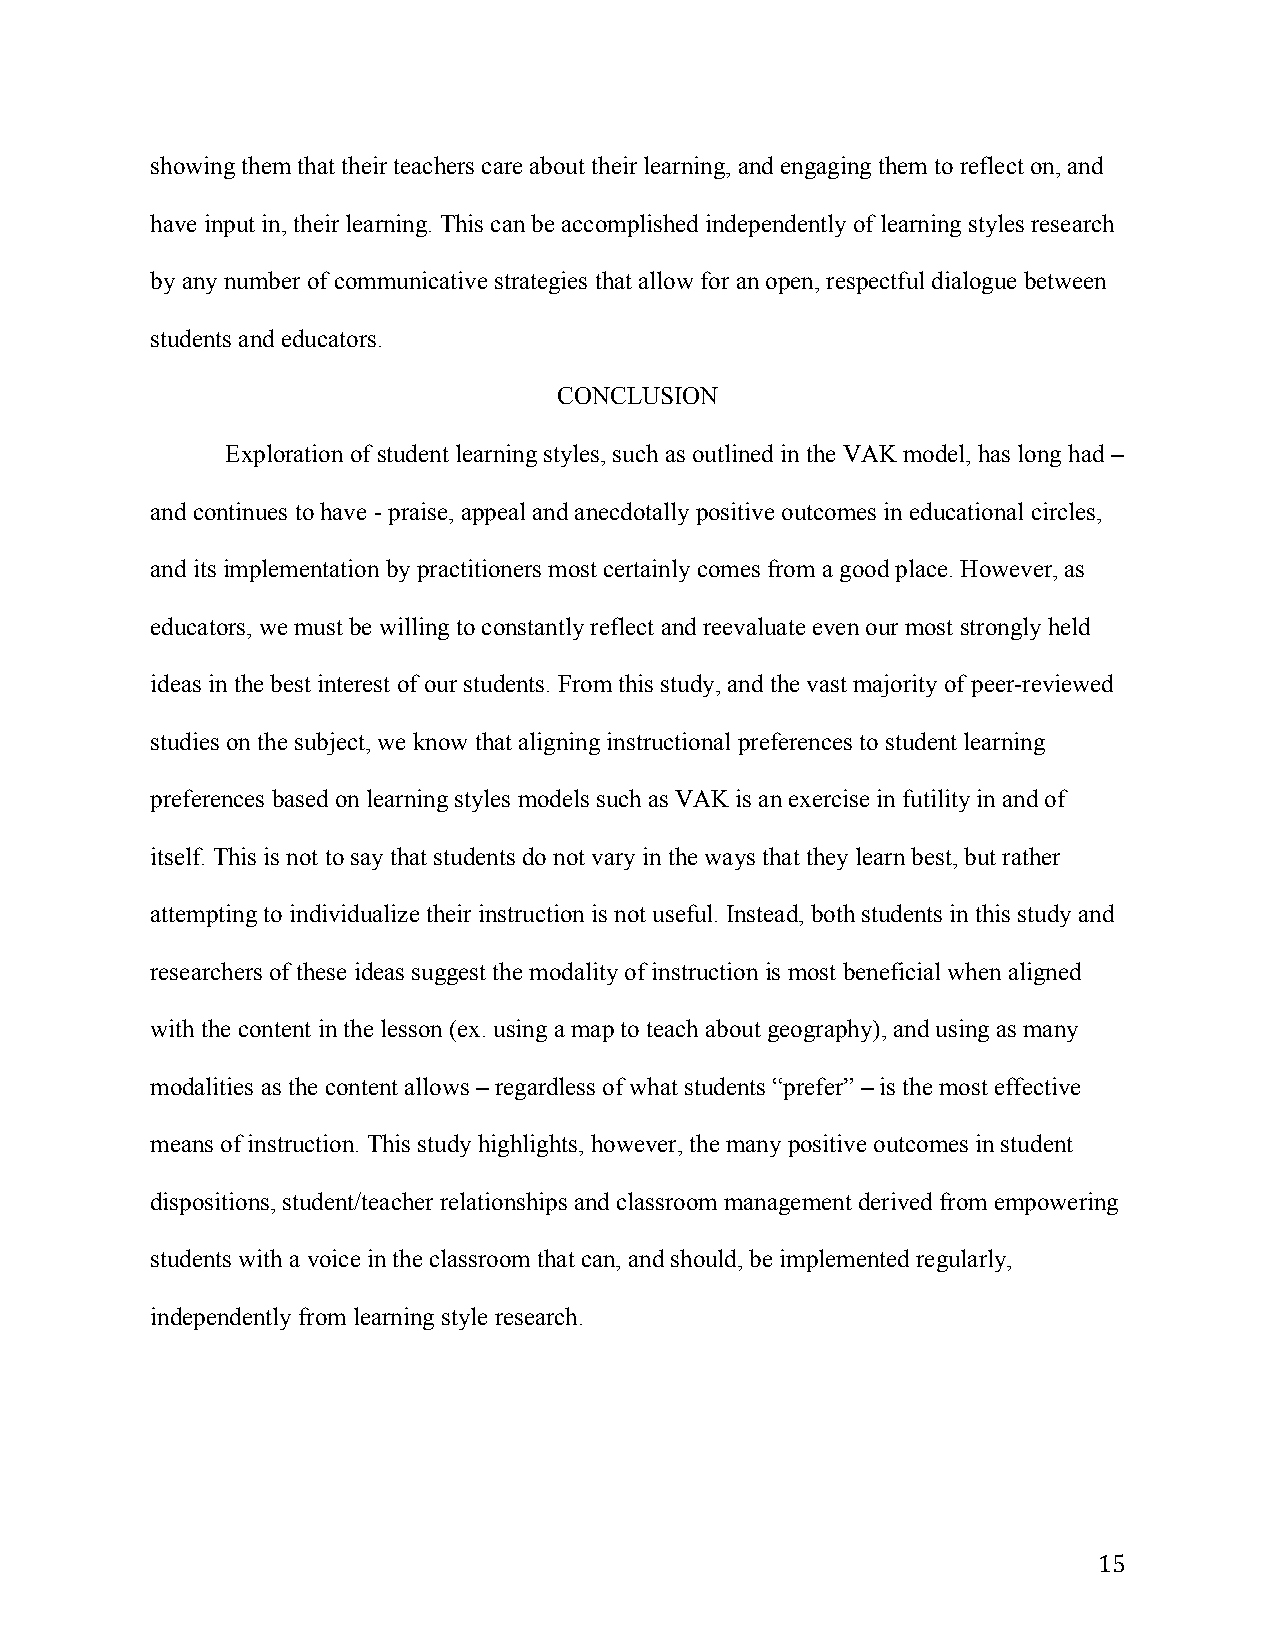
showing them that their teachers care about their learning, and engaging them to reflect on, and
 have input in, their learning. This can be accomplished independently of learning styles research
 by any number of communicative strategies that allow for an open, respectful dialogue between
 students and educators.
 CONCLUSION
 Exploration of student learning styles, such as outlined in the VAK model, has long had –
 and continues to have - praise, appeal and anecdotally positive outcomes in educational circles,
 and its implementation by practitioners most certainly comes from a good place. However, as
 educators, we must be willing to constantly reflect and reevaluate even our most strongly held
 ideas in the best interest of our students. From this study, and the vast majority of peer-reviewed
 studies on the subject, we know that aligning instructional preferences to student learning
 preferences based on learning styles models such as VAK is an exercise in futility in and of
 itself. This is not to say that students do not vary in the ways that they learn best, but rather
 attempting to individualize their instruction is not useful. Instead, both students in this study and
 researchers of these ideas suggest the modality of instruction is most beneficial when aligned
 with the content in the lesson (ex. using a map to teach about geography), and using as many
 modalities as the content allows – regardless of what students “prefer” – is the most effective
 means of instruction. This study highlights, however, the many positive outcomes in student
 dispositions, student/teacher relationships and classroom management derived from empowering
 students with a voice in the classroom that can, and should, be implemented regularly,
 independently from learning style research.
 15